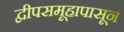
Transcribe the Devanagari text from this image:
द्वीपसमूहापासून